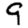
Digit: 9